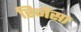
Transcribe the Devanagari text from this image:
रिनेंसा